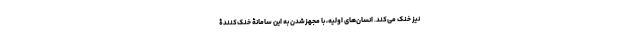
نیز خنک می‌کند. انسان‌های اولیه، با مجهزشدن به این سامانۀ خنک‌کنندۀ